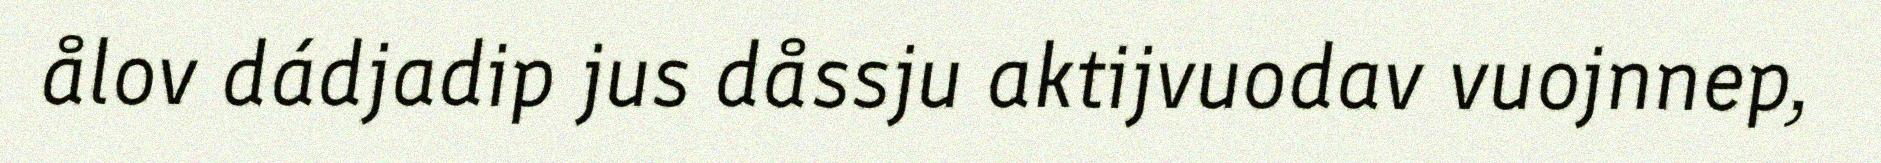
ålov dádjadip jus dåssju aktijvuodav vuojnnep,